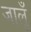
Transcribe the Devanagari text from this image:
जालूँ